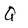
Character: Q